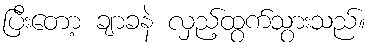
ပြီးတော့ ချာခနဲ လှည့်ထွက်သွားသည်။